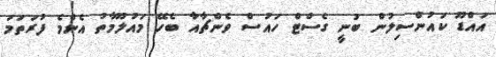
އައްޑޫ ކައުންސިލުން ބުނީ ގެސްޓް ހައުސް ވެންޗާއާ ބެހޭ މައުލޫމާތު އެންމެ ފުރަތަމަ